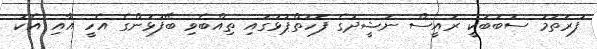
ފުރަތަމަ ސަބަބަކީ ރައީސް ނަޝީދުގެ ފަހަތްޕުޅުގައި ތިއްބެވި ބޭފުޅުންގެ އެހީ އާއި އެކު